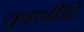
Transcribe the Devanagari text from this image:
युवापीढि